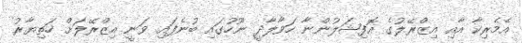
އެމެރިކާ އާއި އިޒްރޭލުގެ އޮފިޝަލުންނާ ހަވާލާދީ ނޫހުގައި ބުނެފައި ވަނީ އިޒްރޭލަށް ހަތިޔާރު